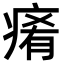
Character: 𤷤